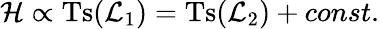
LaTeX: {\cal H}\propto\mathrm{Ts}({\cal L}_{1})=\mathrm{Ts}({\cal L}_{2})+const.